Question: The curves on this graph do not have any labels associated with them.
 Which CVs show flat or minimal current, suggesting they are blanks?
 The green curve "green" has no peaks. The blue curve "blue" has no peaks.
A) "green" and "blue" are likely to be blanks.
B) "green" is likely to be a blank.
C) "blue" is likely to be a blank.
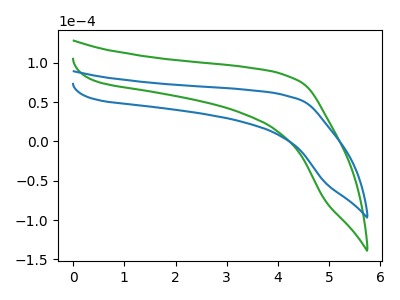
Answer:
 <answer>A) "green" and "blue" are likely to be blanks.</answer>
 <eval>A</eval>